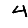
Digit: 4